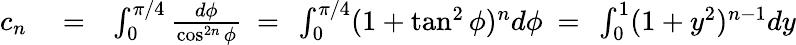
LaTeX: \begin{array}{rlr}{c_{n}}&{{}=}&{\int_{0}^{\pi/4}\frac{d\phi}{\cos^{2n}\phi}\ =\ \int_{0}^{\pi/4}(1+\tan^{2}\phi)^{n}d\phi\ =\ \int_{0}^{1}(1+y^{2})^{n-1}dy}\end{array}